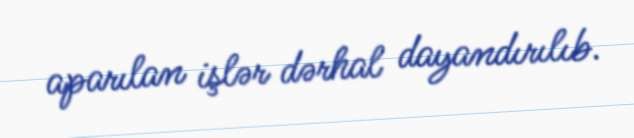
aparılan işlər dərhal dayandırılıb.